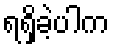
ရရှိခဲ့ပါက